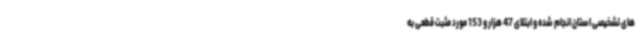
های تشخیصی استان انجام شده و ابتلای 47 هزار و 153 مورد مثبت قطعی به